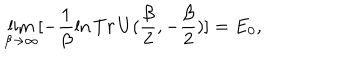
LaTeX: \lim _ { \beta \to \infty } [ - \frac { 1 } { \beta } \ln T r \, U ( \frac { \beta } { 2 } , - \frac { \beta } { 2 } ) ] = E _ { 0 } ,